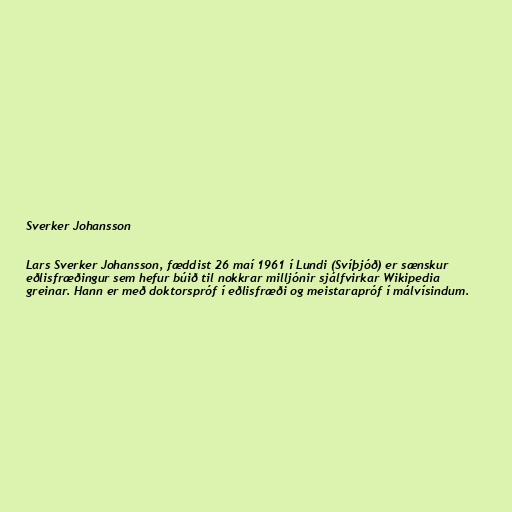
Sverker Johansson

Lars Sverker Johansson, fæddist 26 maí 1961 í Lundi (Svíþjóð) er sænskur
eðlisfræðingur sem hefur búið til nokkrar milljónir sjálfvirkar Wikipedia
greinar. Hann er með doktorspróf í eðlisfræði og meistarapróf í málvísindum.